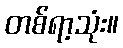
တစ်ရာ့သုံး။